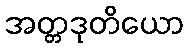
အတ္တဒုတိယော